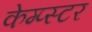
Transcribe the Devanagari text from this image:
केम्प्स्टर